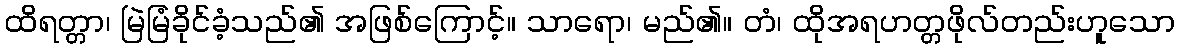
ထိရတ္တာ၊ မြဲမြံခိုင်ခံ့သည်၏ အဖြစ်ကြောင့်။ သာရော၊ မည်၏။ တံ၊ ထိုအရဟတ္တဖိုလ်တည်းဟူသော